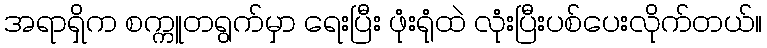
အရာရှိက စက္ကူတရွက်မှာ ရေးပြီး ဖုံးရုံထဲ လုံးပြီးပစ်ပေးလိုက်တယ်။